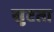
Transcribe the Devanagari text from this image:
सुटता